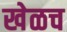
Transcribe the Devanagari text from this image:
खेळच